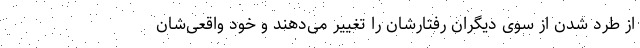
از طرد شدن از سوی دیگران رفتارشان را تغییر می‌دهند و خود واقعی‌شان